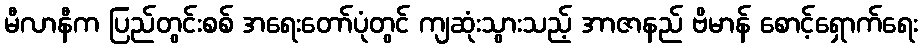
မီလာနီက ပြည်တွင်းစစ် အရေးတော်ပုံတွင် ကျဆုံးသွားသည့် အာဇာနည် ဗိမာန် စောင့်ရှောက်ရေး